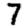
Digit: 7